Veterinary [1904] -
Year: 1904
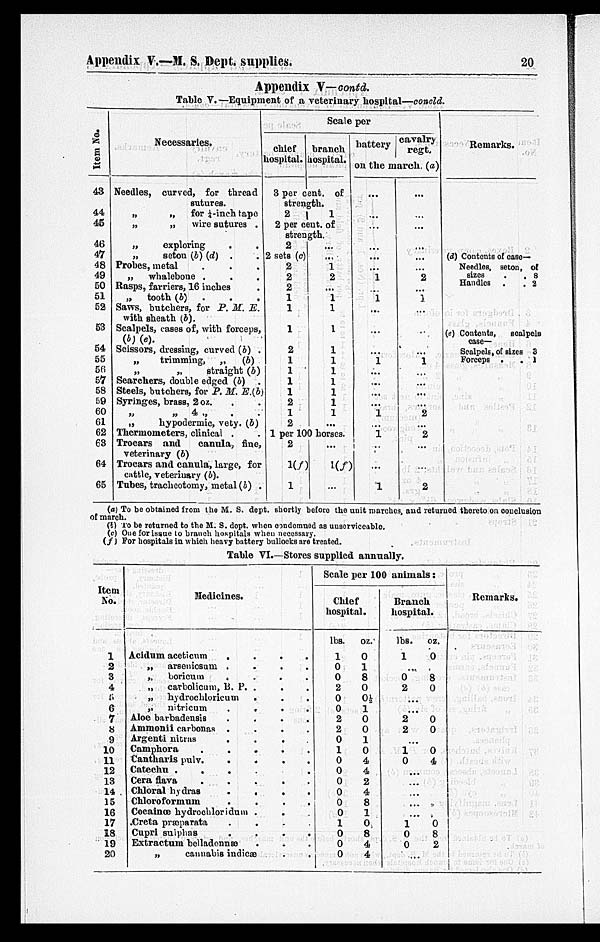
Appendix V.—M. S. Dept. supplies.
20
Appendix V—contd.
Table V.—Equipment of a veterinary hospital—conold.
I t em No.
43
44
45
46
47
48
49
50
51
52
53
54
55
56
57
58
59
60
61
62
63
64
65
Necessaries.
Needles, curved, for thread
sutures.
„
„ for ¼-inch tape
„
„
wire sutures .
„
exploring . .
„
seton (b) (d) . .
Probes, metal . . .
„
whalebone . . .
Rasps, farriers, 16 inches
„
tooth (b)
.
. .
Saws, butchers, for P. M. E.
with sheath (b).
Scalpels, cases of, with forceps,
(b) (e).
Scissors, dressing, curved (b) .
„
trimming, „ (b)
„
„
straight (b)
Searchers, double edged (b)
Steels, butchers, for P. M. E.(b)
Syringes, brass, 2 oz. . .
„
„
4
„
.
.
„
hypodermic, vety. (b)
Thermometers, clinical . .
Trocars and
canula, fine,
veterinary (b)
Trocars and canula, large, for
cattle, veterinary (b).
Tubes, tracheotomy, metal (b) .
Scale per
chief
hospital.
branch
hospital.
3 per cent. of
strength.
2
1
2 per cent. of
strength.
2
2 sets (c)
2
2
2
1
1
1
2
1
1
1
1
2
1
2
...
...
1
2
...
1
1
1
1
1
1
1
1
1
1
...
1 per 100 horses.
2
1(f)
1
...
1(f)
...
battery
cavalry
regt.
on the march (a)
...
...
...
...
...
...
1
...
1
...
...
...
1
...
...
...
...
1
...
1
...
...
1
...
...
...
...
...
...
2
...
1
...
...
...
1
...
...
...
...
2
...
2
...
...
2
Remarks.
(d) Contents of case—
Needles, seton, of
sizes
. . 8
Handles . . 2
(e) Contents, sealpels
case—
Scalpels, of sizes 3
Forceps .
. 1
(a) To be obtained from the M. S. dept. shortly before the unit marches, and returned thereto on conclusion
of march.
(b) To be reoturned to the M. S. dept. when condemned as unserviceable.
(c) One for issue to branch hospitals when necessary.
(f) For hospitals in which heavy battery bullocks are treated.
Table VI.—Stores supplied annually.
Item
No.
1
2
3
4
5
6
7
8
9
10
11
12
13
14
15
16
17
18
19
20
Medicines.
Acidum aceticum . ...
„ arseniosum . ...
„ boricum . ...
„ carbolicum, B. P. ...
„ bydrochloricum ...
„
nitricum . . ..
Aloe barbadensis . ...
Ammonii carbonas . ...
Argenti nitrus . ...
Camphora . . ...
Cantharis pulv.
....
Catechu .
.
.
.
Cera flava.. . .
Chloral hydras . . ..
Chloroformum . ....
Cocainœ hydrochloridum .. ...
Creta præparata . .....
Cupri sulphas . .....
Extractum belladonnæ .
„
cannabis indicæ
Scale per 100 animals:
Chief
hospital.
lbs.
1
0
0
2
0
0
2
2
0
1
0
0
0
0
0
0
1
0
0
0
oz.
0
1
8
0
0½
1
0
0
1
0
4
4
2
4
8
1
0
8
4
4
Branch
hospital.
lbs.
1
0
2
...
... 2
2
...
1
0
...
1
0
0
...
oz.
0
8
0
0
0
0
4
0
8
2
Remarks.